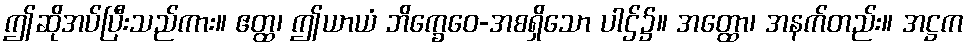
ဤဆိုအပ်ပြီးသည်ကား။ ဧတ္ထ၊ ဤယာယံ ဘိက္ခေဝေ-အစရှိသော ပါဌ်၌။ အတ္ထော၊ အနက်တည်း။ အဋ္ဌက